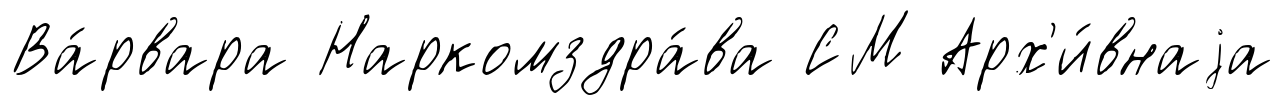
Ва́рвара Наркомздра́ва СМ Арх'и́внаjа